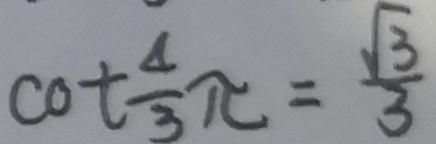
\cot \frac { 4 } { 3 } \pi = \frac { \sqrt { 3 } } { 3 }